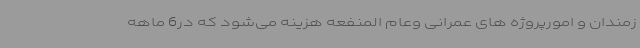
زمندان و امورپروژه های عمرانی وعام المنفعه هزینه می‌شود که در6 ماهه